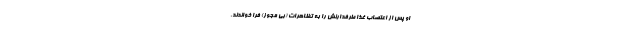
او پس از اعتصاب غذا طرفدارنش را به تظاهرات (بی مجوز) فرا خواندند.